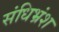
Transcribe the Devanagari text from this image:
संधिभ्रंश